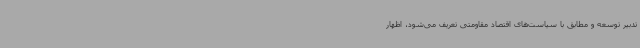
تدبیر توسعه و مطابق با سیاست‌های اقتصاد مقاومتی تعریف می‌شود، اظهار